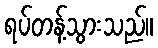
ရပ်တန့်သွားသည်။